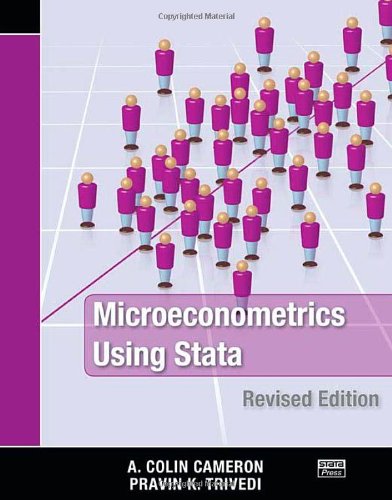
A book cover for Microeconometrics Using Stata, Revised Edition; A. Colin Cameron; Computers & Technology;